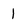
Character: 1